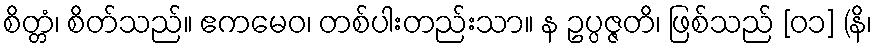
စိတ္တံ၊ စိတ်သည်။ ဧကမေဝ၊ တစ်ပါးတည်းသာ။ န ဥပ္ပဇ္ဇတိ၊ ဖြစ်သည် [၀၁] (နိ၊